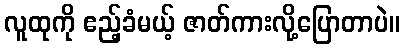
လူထုကို ဧည့်ခံမယ့် ဇာတ်ကားလို့ပြောတာပဲ။